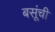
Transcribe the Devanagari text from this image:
बसूंची